Senior Leaving Certificate Examination (including Day School Certificate (Higher) General paper), 1948
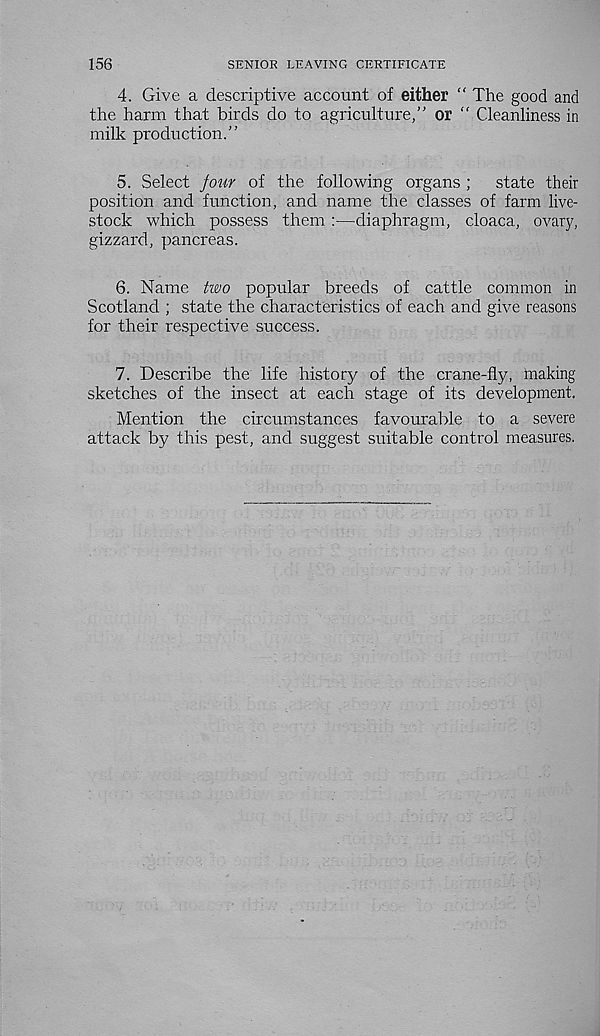
156
SENIOR LEAVING CERTIFICATE
4. Give a descriptive account of either " The good and
the harm that birds do to agriculture,” or “ Cleanliness in
milk production.”
5. Select four of the following organs ;
state their
position and function, and name the classes of farm live-
stock which possess them :—diaphragm, cloaca, ovary,
gizzard, pancreas.
6. Name two popular breeds of cattle common in
Scotland ; state the characteristics of each and give reasons
for their respective success.
7. Describe the life history of the crane-fly, making
sketches of the insect at each stage of its development.
Mention the circumstances favourable to a severe
attack by this pest, and suggest suitable control measures.